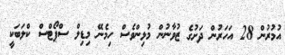
އުމުރުން 28 އަހަރުން ދަށުގެ ޒުވާނުން މުޅިންވެސް ހިމެނޭ މިޑިލް ސްޕޯޓްސް ކްލަބަކީ